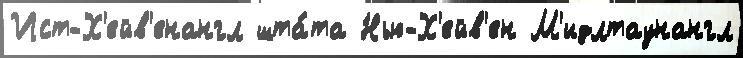
Ист-Х'ейв'енангл шта́та Нью-Х'ейв'ен М'идлтаунангл